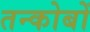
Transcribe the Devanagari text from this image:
तन्कोबों